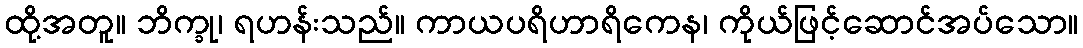
ထို့အတူ။ ဘိက္ခု၊ ရဟန်းသည်။ ကာယပရိဟာရိကေန၊ ကိုယ်ဖြင့်ဆောင်အပ်သော။